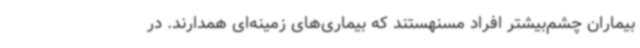
بیماران چشم‌بیشتر افراد مسنهستند که بیماری‌های زمینه‌ای همدارند. در